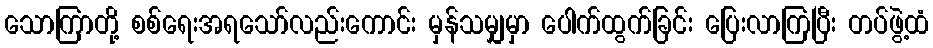
သောကြာတို့ စစ်ရေးအရသော်လည်းကောင်း မှန်သမျှမှာ ပေါက်ထွက်ခြင်း ပြေးလာကြပြီး တပ်ဖွဲ့ထံ